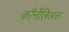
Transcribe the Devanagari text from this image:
कौर्नेलिअस